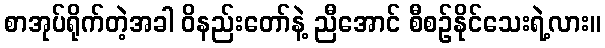
စာအုပ်ရိုက်တဲ့အခါ ဝိနည်းတော်နဲ့ ညီအောင် စီစဉ်နိုင်သေးရဲ့လား။